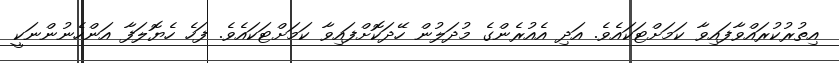
އިތުރުކުރައްވާފައިވާ ކަމަށްޓަކައެވެ. އަދި އެއުރެންގެ މުދަލުން ހޭދަކޮށްފައިވާ ކަމަށްޓަކައެވެ. ފަހެ ހެޔޮލަފާ އަންހެނުންނަކީ